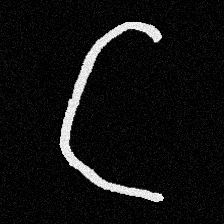
Pyu character \u2014 Myanmar letter: ဋ (romanized: tta)